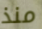
منذ